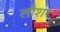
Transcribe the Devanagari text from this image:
लीशर